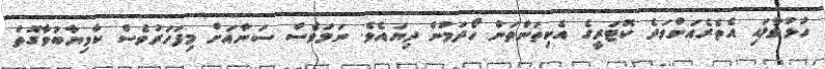
ހުޅުވާލައި އެތެރެއަށްވަދެ ކޮޓަރީގެ އެކިތަންތަން ހޯދަމުން ދިޔައެވެ. ނަމަވެސް ސަނާއަށް މިފަހަރުވެސް ކާމިޔާބުވާގޮތް